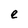
Character: e